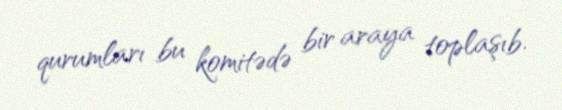
qurumları bu komitədə bir araya toplaşıb.